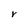
Character: Y